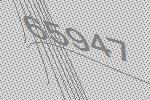
65947